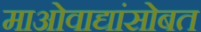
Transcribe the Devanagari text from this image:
माओवाद्यांसोबत